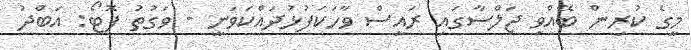
މީގެ ކުރިން ބޭއްވި ޖަލްސާގައި ރައީސް ވާހަކަފުޅުދައްކަވަނީ - ވަގުތު ފޮޓޯ: އަބްދު